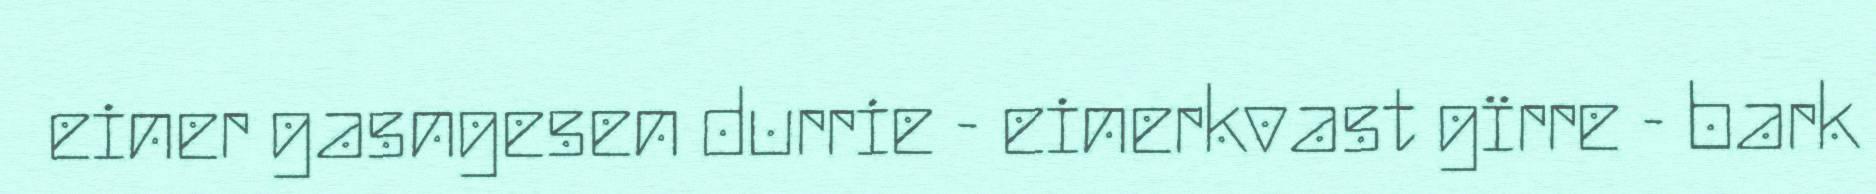
einer gasngesen durrie - einerkvast gïrre - bark